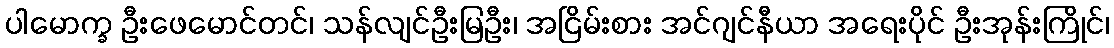
ပါမောက္ခ ဦးဖေမောင်တင်၊ သန်လျင်ဦးမြဦး၊ အငြိမ်းစား အင်ဂျင်နီယာ အရေးပိုင် ဦးအုန်းကြိုင်၊